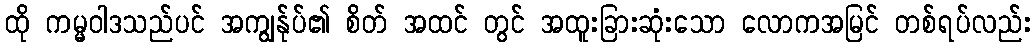
ထို ကမ္မဝါဒသည်ပင် အကျွန်ုပ်၏ စိတ် အထင် တွင် အထူးခြားဆုံးသော လောကအမြင် တစ်ရပ်လည်း